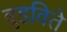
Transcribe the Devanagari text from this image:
बुडविते